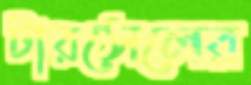
টারসেলের